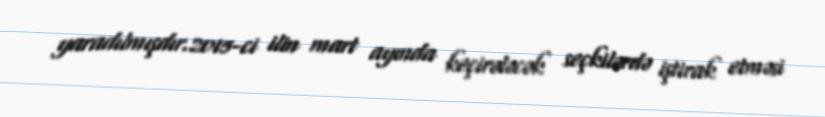
yaradılmışdır.2015-ci ilin mart ayında keçirələcək seçkilərdə iştirak etməsi